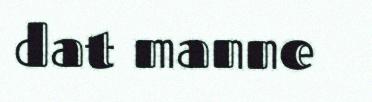
dat manne